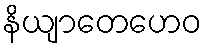
နိယျာတေဟေဝ